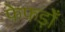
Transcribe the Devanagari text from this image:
फेफड़ोँ